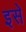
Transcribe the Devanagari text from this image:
इसे